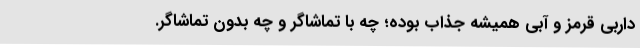
داربی قرمز و آبی همیشه جذاب بوده؛ چه با تماشاگر و چه بدون تماشاگر.